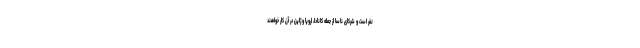
نفر است و شرکای ناسا از جمله کانادا، اروپا و ژاپن در آن کار خواهند